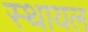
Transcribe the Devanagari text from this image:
स्थायल